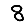
Digit: 8